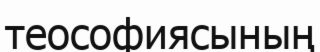
теософиясының